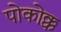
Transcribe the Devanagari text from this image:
पोकोक्क